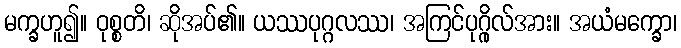
မက္ခဟူ၍။ ဝုစ္စတိ၊ ဆိုအပ်၏။ ယဿပုဂ္ဂလဿ၊ အကြင်ပုဂ္ဂိုလ်အား။ အယံမက္ခော၊